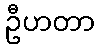
ဦဟတာ